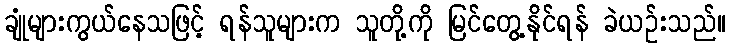
ချုံများကွယ်နေသဖြင့် ရန်သူများက သူတို့ကို မြင်တွေ့နိုင်ရန် ခဲယဉ်းသည်။